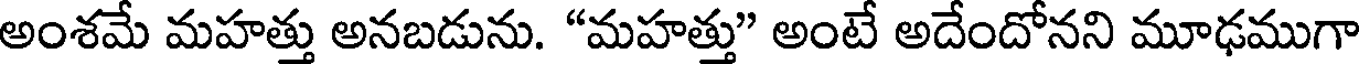
అంశమే మహత్తు అనబడును. "మహత్తు" అంటే అదేందోనని మూఢముగా